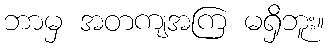
ဘာမှ အတကျအကြ မရှိဘူး။